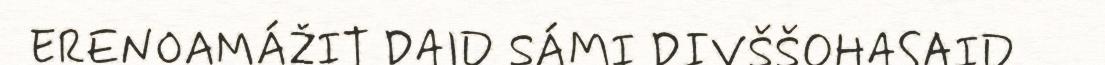
ERENOAMÁŽIT DAID SÁMI DIVŠŠOHASAID